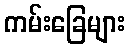
ကမ်းခြေများ